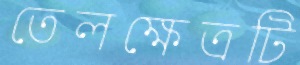
তেলক্ষেত্রটি